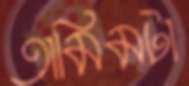
তামিমটা